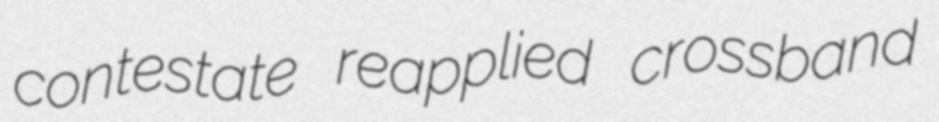
contestate reapplied crossband